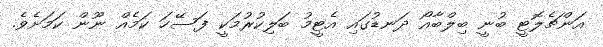
އަންޗެލޮޓީ ބުނީ ބިލްބާއޯ ދަނޑުގައި އެޓީމު ބަލިކުރުމަކީ ފަސޭހަ ކަމެއް ނޫން ކަމަށެވެ.